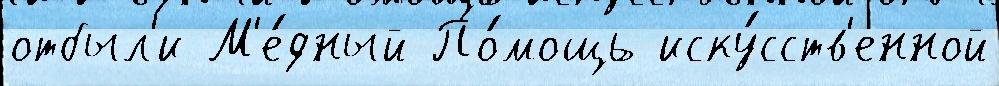
отбыл'и М'е́дный По́мощь иску́сств'енной